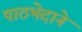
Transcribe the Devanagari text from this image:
पाठभेदाने